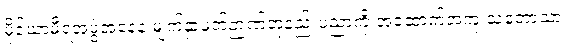
မိုင်ယာမီရဲအဖွဲ့အနေနဲ့ မျက်နှာဖတ်ဉာဏ်တုနည်းပညာကို အထောက်အကူ သဘောသာ